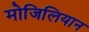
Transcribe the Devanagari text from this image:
मोजिलियान